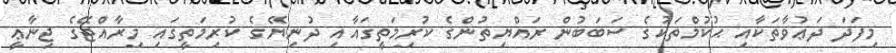
މިފަދަ ދަޢުވާތަކާއި ޙުކުމްތަކުގެ ސަބަބުން ރައްޔިތުންގެ ކުރިމަތީގައާއި ދުނިޔޭގެ ކުރިމަތީގައި މިރާއްޖޭގެ ޖިނާޢީ